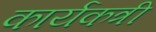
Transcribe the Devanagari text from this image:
कार्यकत्री